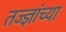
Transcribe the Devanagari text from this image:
तज्ज्ञांच्‍या